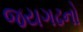
જયગઢનો